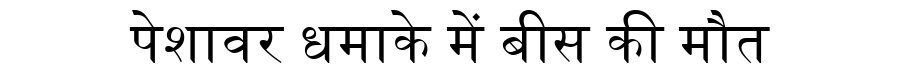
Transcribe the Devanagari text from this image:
पेशावर धमाके में बीस की मौत